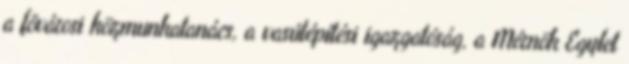
a fõvárosi közmunkatanács, a vasútépítési igazgatóság, a Mérnök Egylet